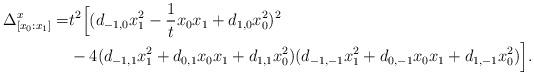
LaTeX: \begin{align*}\Delta^x_{[x_0:x_1]}= & t^2 \Big[ (d_{-1,0} x_1^2 - \frac{1}{t} x_0x_1 + d_{1,0}x_0^2)^2 \\&- 4(d_{-1,1} x_1^2 + d_{0,1} x_0x_1 + d_{1,1}x_0^2)(d_{-1,-1} x_1^2 + d_{0,-1} x_0x_1 + d_{1,-1}x_0^2) \Big].\end{align*}